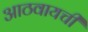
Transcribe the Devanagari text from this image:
आठवायची